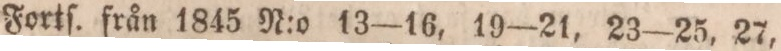
Fortſ. från 1845 N:o 13—16, 19—21, 23—25, 27,